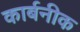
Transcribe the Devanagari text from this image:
कार्बनीक